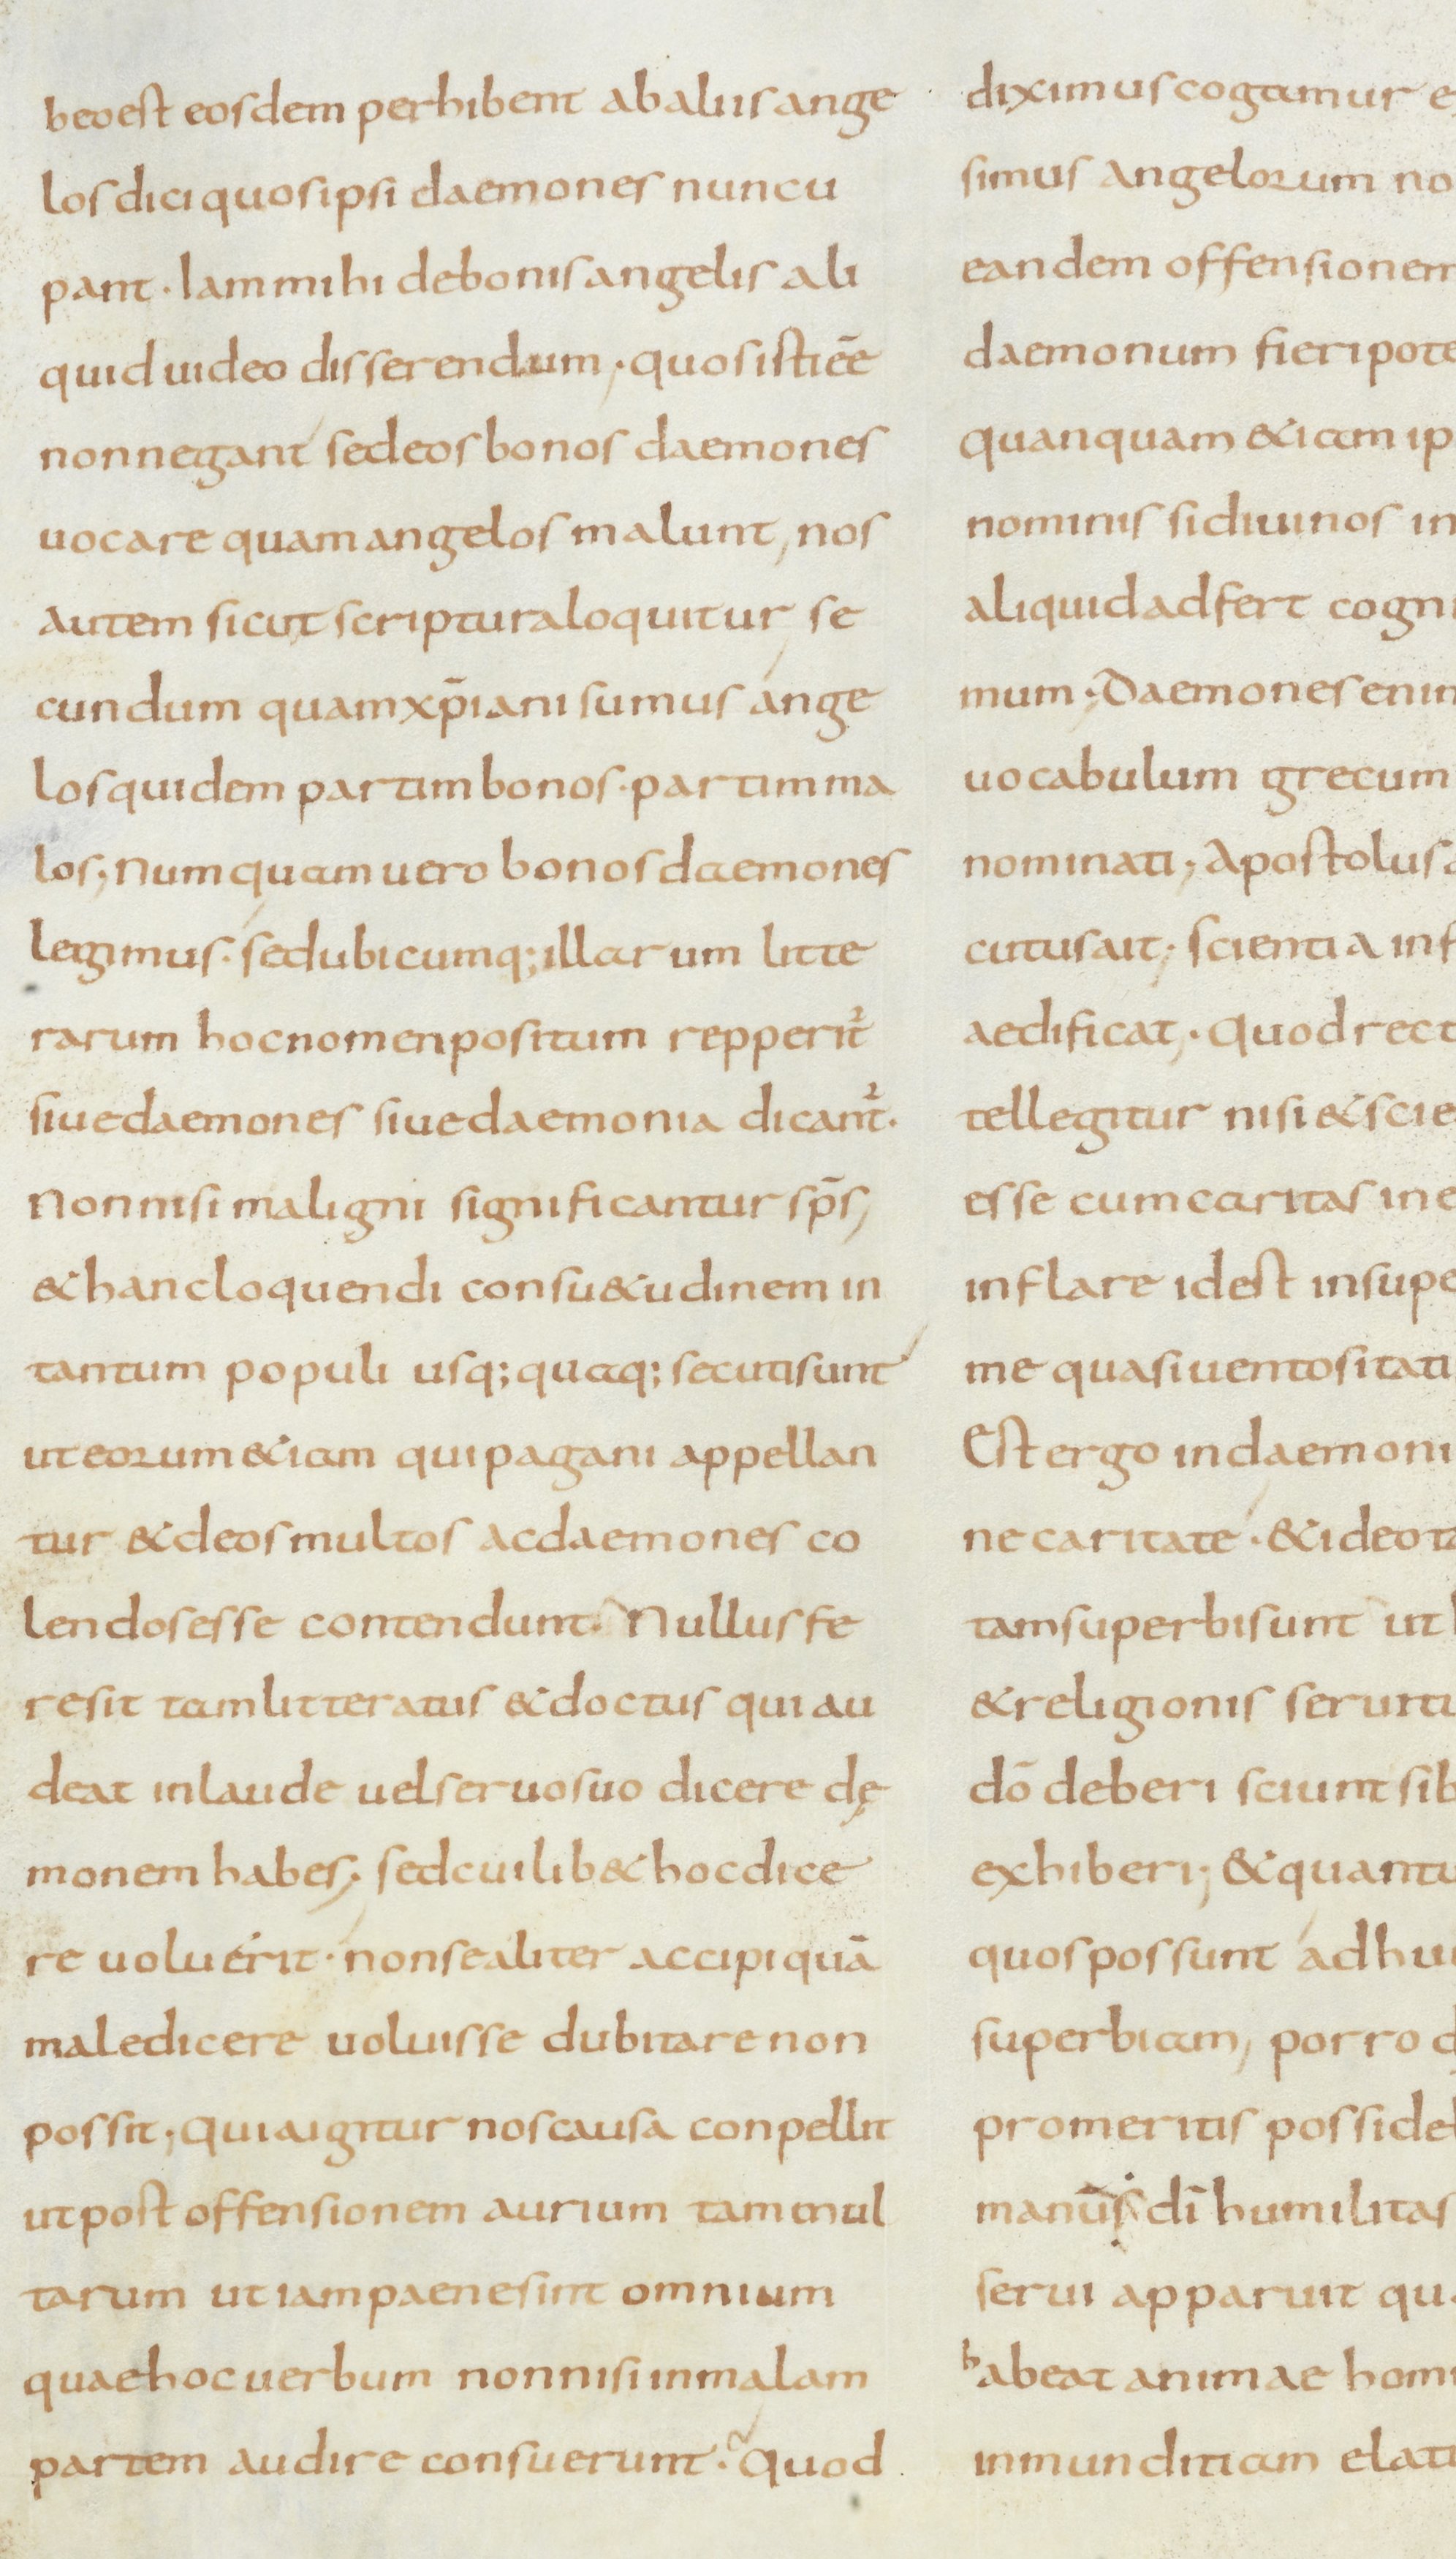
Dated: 800–899